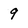
Character: 9